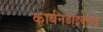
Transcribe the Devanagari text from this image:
कार्बनडाइक्साइ